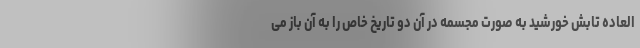
العاده تابش خورشید به صورت مجسمه در آن دو تاریخ خاص را به آن باز می